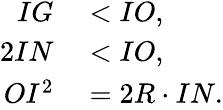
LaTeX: \begin{array}{rl}{IG}&{{}<IO,}\\ {2IN}&{{}<IO,}\\ {OI^{2}}&{{}=2R\cdot IN.}\end{array}